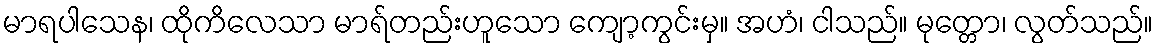
မာရပါသေန၊ ထိုကိလေသာ မာရ်တည်းဟူသော ကျော့ကွင်းမှ။ အဟံ၊ ငါသည်။ မုတ္တော၊ လွတ်သည်။